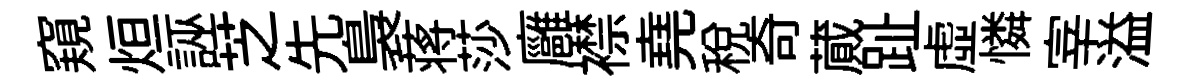
窺烜誣芝先裊蒋莎廱襟堯税奇蕆趾虚憐宰溢